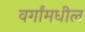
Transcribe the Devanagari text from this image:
वर्गांमधील